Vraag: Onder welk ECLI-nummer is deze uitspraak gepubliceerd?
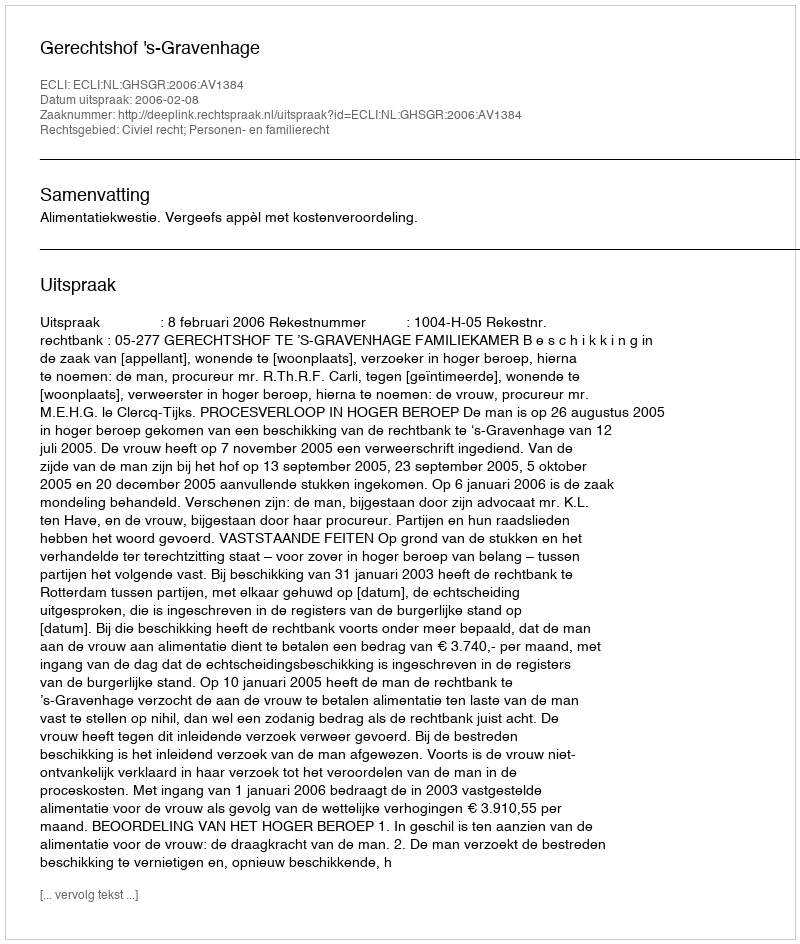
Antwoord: ECLI:NL:GHSGR:2006:AV1384